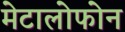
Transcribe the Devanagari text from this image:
मेटालोफोन